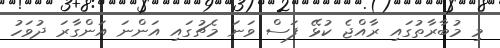
މި މުބާރާތުގައި ރާއްޖެ ކުޅޭ ފަސް ވަނަ މެޗުގައި އަންނަ އަންގާރަ ދުވަހު